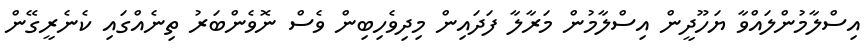
އިސްލާމުންލައްވާ ޔަހޫދީން އިސްލާމުން މަރާލާ ފަދައިން މިދިވެހިބިން ވެސް ނޮވެންބަރު ތިނެއްގައި ކެނެރީގޭން